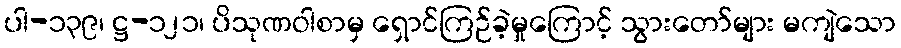
ပါ-၁၃၉၊ ဋ္ဌ-၁၂၁၊ ပိသုဏဝါစာမှ ရှောင်ကြဉ်ခဲ့မှုကြောင့် သွားတော်များ မကျဲသော